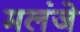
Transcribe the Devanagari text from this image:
मलंजे